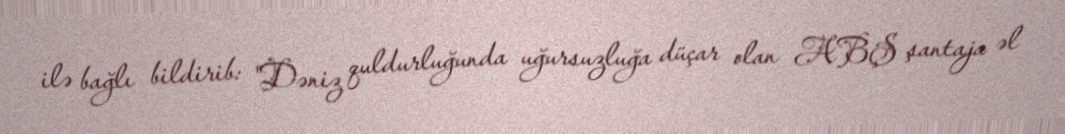
ilə bağlı bildirib: "Dəniz quldurluğunda uğursuzluğa düçar olan ABŞ şantaja əl